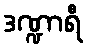
ဒဏ္ဍာရီ